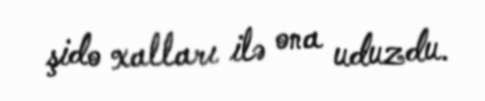
şido xalları ilə ona uduzdu.